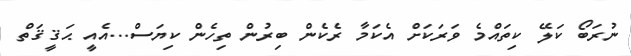
ނުރަބޯ ކަލޭ ކިތައްމެ ވަރަކަށް އެކަމާ ރެކެން ބިރުން ތިހެން ކިޔަސް...އެއީ ޙަޤީޤަތް